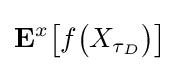
\mathbf {E} ^{x}{\big [}f{\big (}X_{\tau _{D}}{\big )}{\big ]}